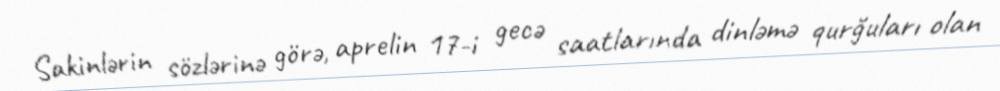
Sakinlərin sözlərinə görə, aprelin 17-i gecə saatlarında dinləmə qurğuları olan